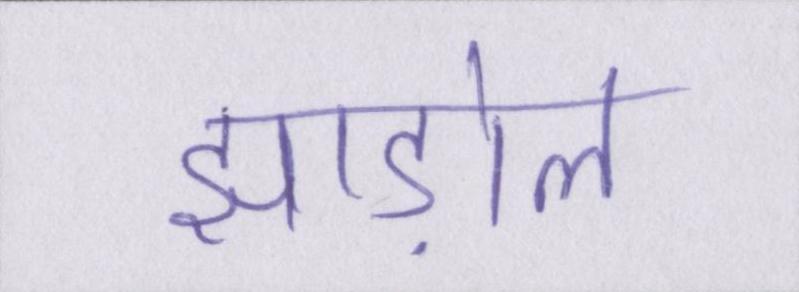
झाड़ोल